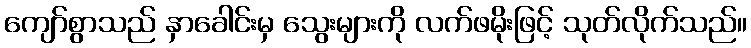
ကျော်စွာသည် နှာခေါင်းမှ သွေးများကို လက်ဖမိုးဖြင့် သုတ်လိုက်သည်။